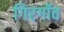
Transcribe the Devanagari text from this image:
गिरगॉव